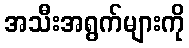
အသီးအရွက်များကို